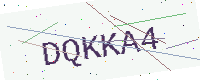
Text: DQKKA4